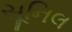
સૂનિલ